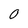
Character: O